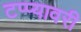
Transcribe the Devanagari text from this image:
टप्प्यावरी